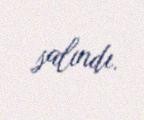
salındı.